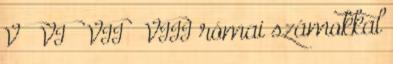
V — VI — VII — VIII római számokkal